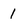
Character: 1